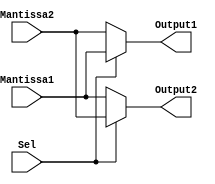
`timescale 1ns / 1ps
//////////////////////////////////////////////////////////////////////////////////
// Company: muhamedtawfik@outlook.com
// 
// Design Name: 
// Module Name:    SwapComponent 
// Project Name: 
// Target Devices: 
// Tool versions: 
// Description: 
//              to detect the required mantissa to be alignment in the next step.
//
//////////////////////////////////////////////////////////////////////////////////
module SwapComponent( Mantissa1 , Mantissa2 , Sel , Output1 , Output2
    );
	 
	 parameter DataSize = 8 ; // size of mantissa 
	 
	 input [ DataSize - 1 : 0 ] Mantissa1 , Mantissa2 ; // hold the both Mantissas
	 input Sel ; // to detect the outputs
	 
	 output [ DataSize - 1 : 0 ] Output1 ; // the output will be aligned
	 reg [ DataSize - 1 : 0 ] Output1 ;
	 
	 output [ DataSize - 1 : 0 ] Output2 ; // the output mantisa with the greater 
	 reg [ DataSize - 1 : 0 ] Output2 ;
	 
	 always @( Sel or Mantissa1 or Mantissa2 )
		begin 
			if ( Sel == 1'b1 )
				begin 
					Output1 = Mantissa1 ;
					Output2 = Mantissa2 ;
				end 
			else 
				begin
					Output1 = Mantissa2 ;
					Output2 = Mantissa1 ;
				end
	   end
	 
endmodule